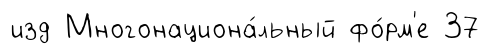
изд Многонациона́льный фо́рм'е 37